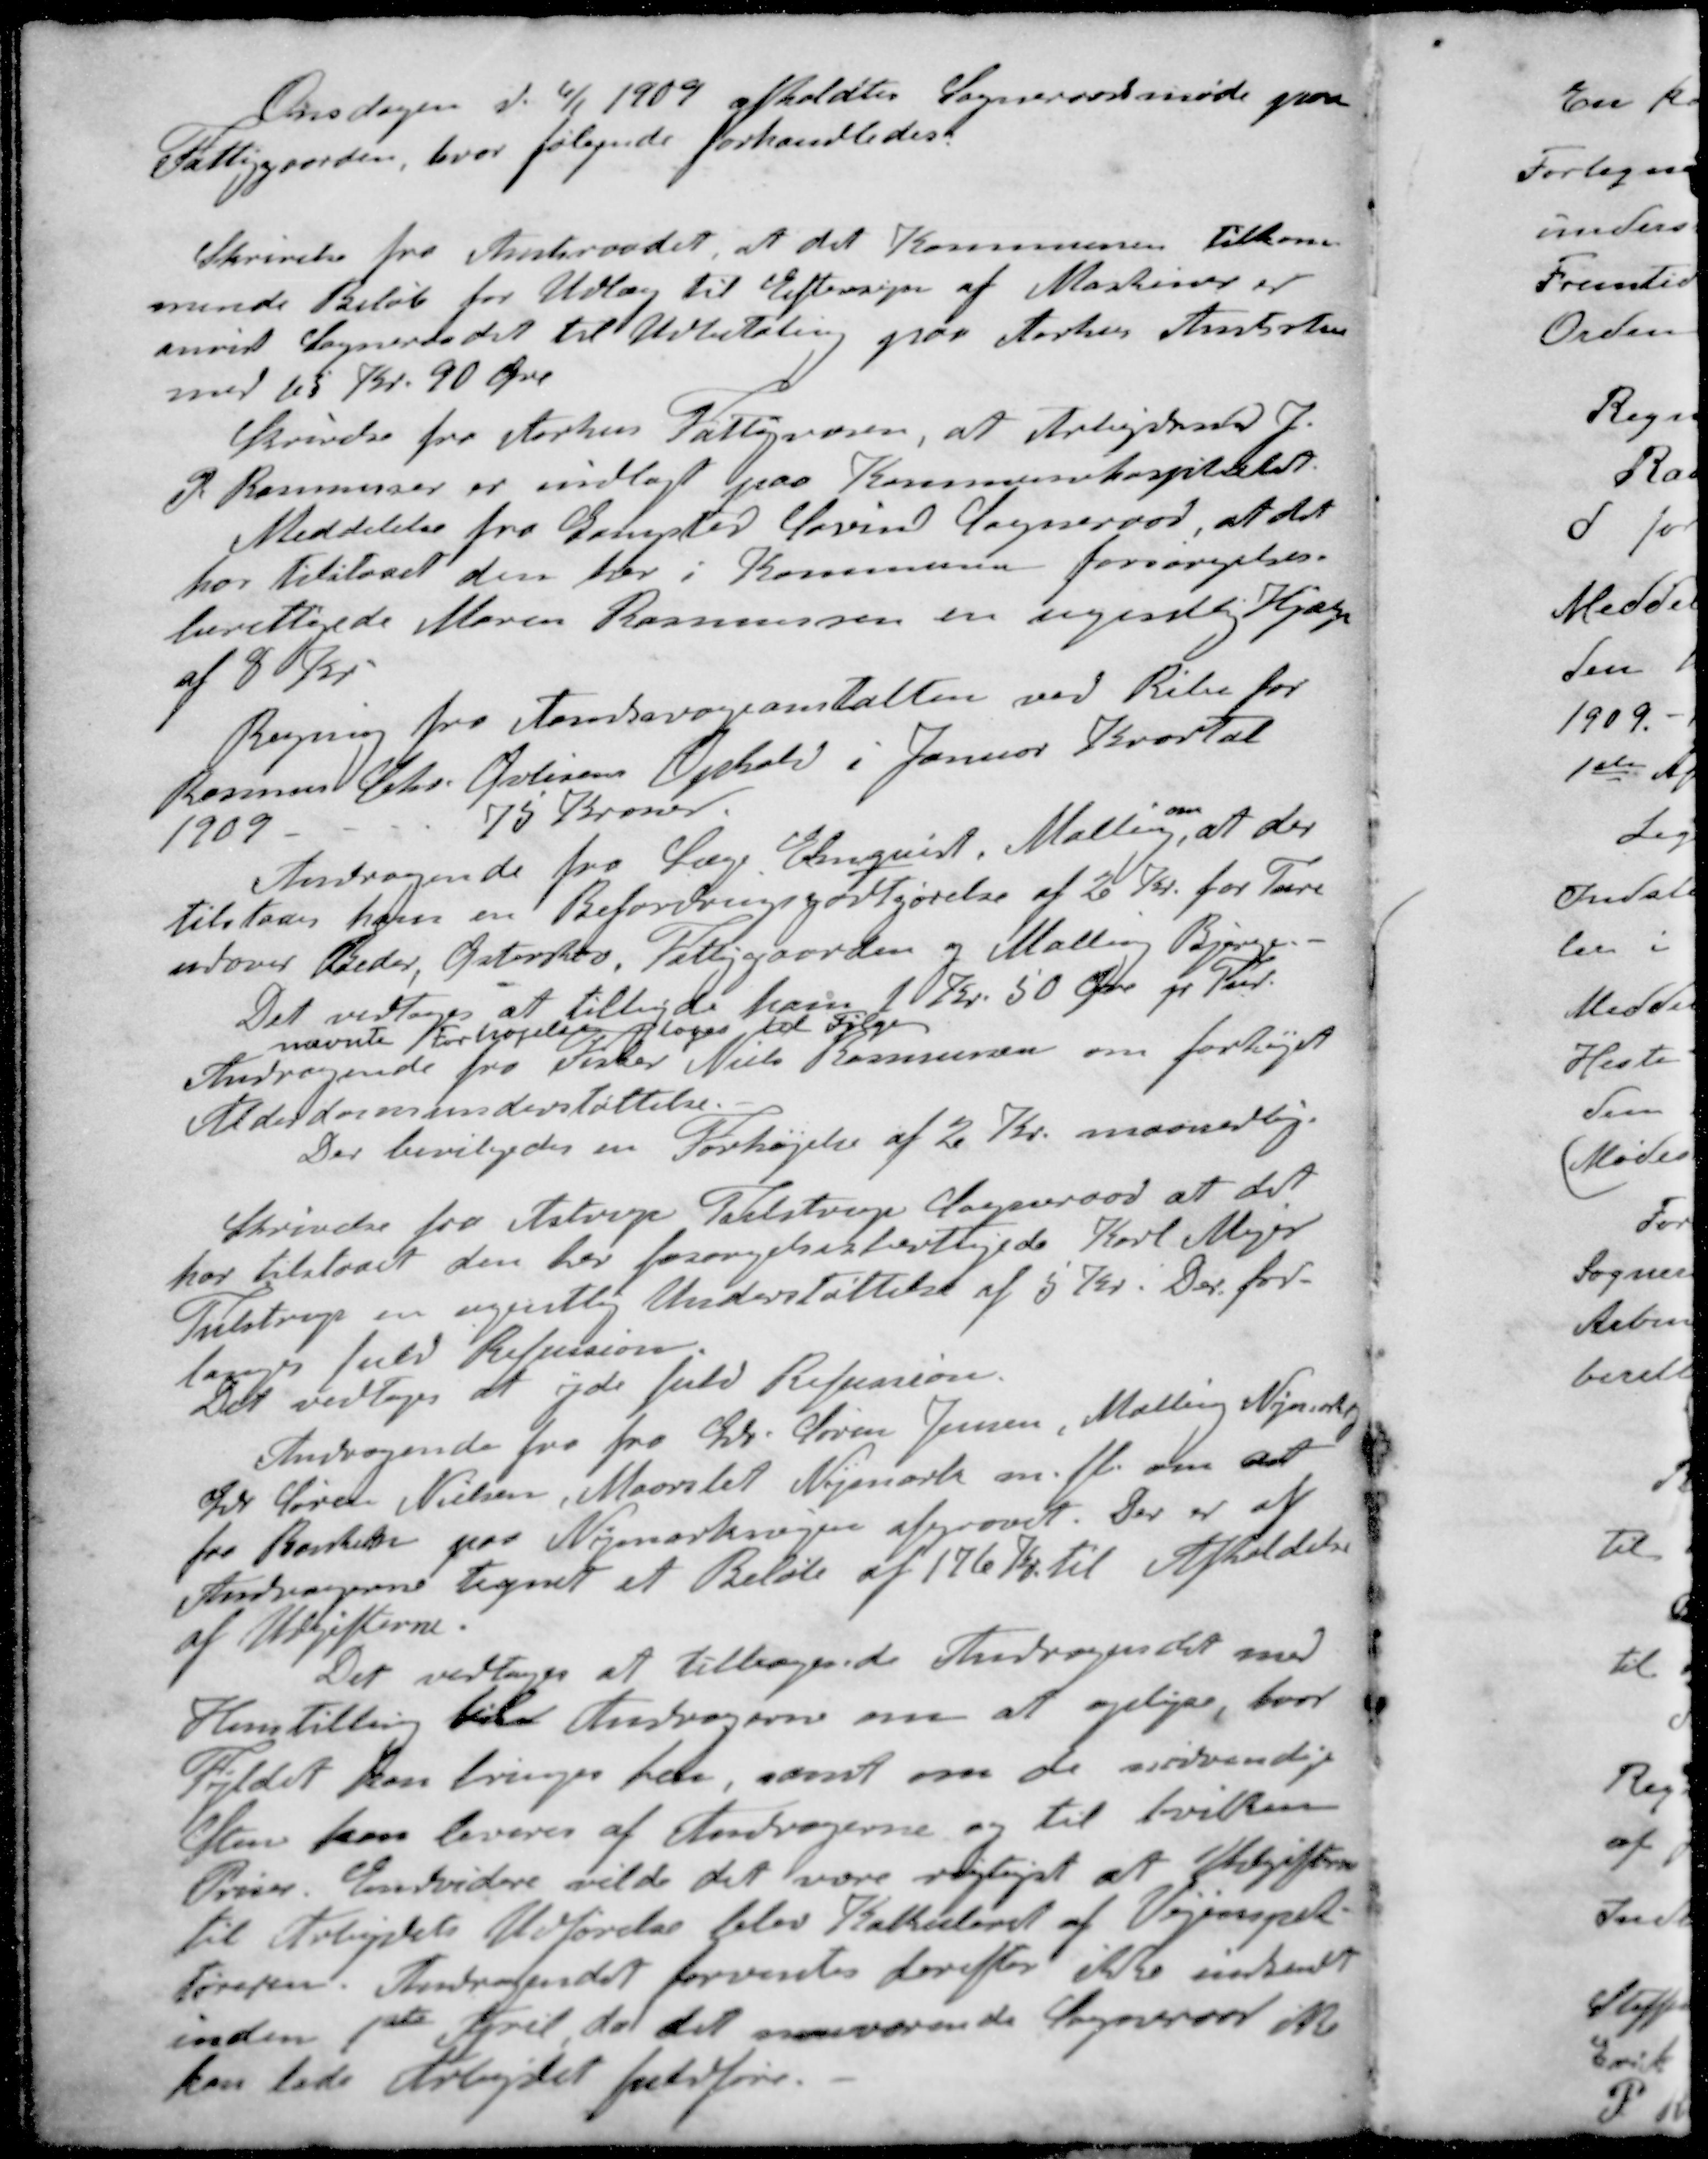
Transskription:
Onsdagen d. 6/1 1909 afholdtes Sogneraadsmøde paa
Fattiggaarden, hvor følgende forhandledes
Skrivelse fra Amtsraadet at det Kommunen tilkom-
mende Beløb for Udlæg til Eftersyn af Maskiner er
anvist Sogneraadet til Udbetaling paa Aarhus Amtsstue
med 65 Kr. 90 ØreJ
Skrivelse fra Aarhus Fattigvæsen, at Arbejdsmd J
P. Rasmussen er indlagt paa Kommunehospitalet.
Meddelelse fra Gangsted Søvind Sogneraad, at det
har tilstaaet den her i Kommunen forsørgelses-
berettigede Maren Rasmussen en ugente Hjælp
af 8 Kr.
Regning fra Aandsvageanstalten ved Ribe for
Rasmus Chr. Øvlisens Ophold i Januar Kvartal
1909
75 Kroner.
Andragende fra Læge Elmquist, Malling, at der
tilstodes ham en Befordringgodtgørelse af 2 Kr. for Ture
udover Beder, Østerskov, Fattiggaarden og Malling Bjerge
Det vedtoges at tilbyde ham 1 Kr 50 Øre pr Tur
nævnte Forhøjelse toges til Følge
Andragende fra Fisker Niels Rasmussen om forhøjet
Alderdomsunderstøttelse
Der bevilgedes en Forhøjelse af 2 Kr. maanedlig.
Skrivelse fra Astrup Tulstrup Sogneraad at det
har tilstaaet den her forsørgelsesberettigede Karl Mejer
Tulstrup en ugentlig Understøttelse af 5 Kr. Der for-
langes fuld Refussion
Det vedtoges at yde fuld Refussion.
Andragende fra fra Gdr. Søren Jensen, Malling Nymarksvej
Gdr Søren Nielsen, Maarslet Nymark m. fl. om det
faa Bankerne paa Nymarkvejen afgravet. Der er af
Andragerne tegnet et Beløb af 176 Kr. til Afholdelse
af Udgifterne
Det vedtoges at tilbagesende Andragendet med
Henstilling til Andragerne om at oplyse hvor
Fyldet kan bringes hen, samt om de nødvendige
Sten kan leveres af Andragerne og til hvilken
Priser. Endvidere vilde det være rigtigst at Udgifterne
til Arbejdets Udførelse blev Kalkuleret af Vejinspek-
tøreren. Andragendet forventes derefter ikke indsendt
inden 1ste April, da det nuværende Sogneraad ikke
kan lade Arbejdet fuldføre.